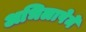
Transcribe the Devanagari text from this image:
अभिलाषेने